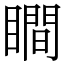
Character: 瞷